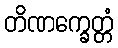
တိဏက္ခေတ္တံ